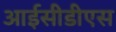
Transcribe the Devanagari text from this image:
आईसीडीएस